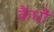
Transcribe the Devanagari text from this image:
कैंधौं